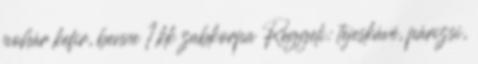
pohár kefir, benne 1 kk zabkorpa Reggeli: tejeskávé, párizsi,